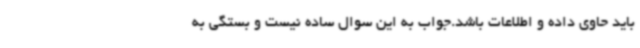
باید حاوی داده و اطلاعات باشد.جواب به این سوال ساده نیست و بستگی به